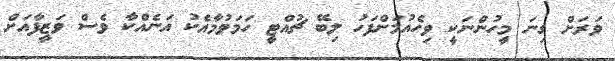
ވަރަށް ގިނަ މީހުންނަކީ ވިހެއުމަށްފަހު ލިބޭ ޗުއްޓީ ހަމަވުމާއެކު އަނެއްކާ ވެސް ވަޒީފާއަށް